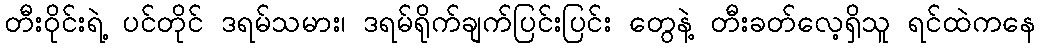
တီးဝိုင်းရဲ့ ပင်တိုင် ဒရမ်သမား၊ ဒရမ်ရိုက်ချက်ပြင်းပြင်း တွေနဲ့ တီးခတ်လေ့ရှိသူ ရင်ထဲကနေ